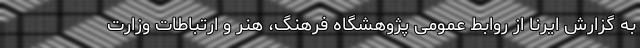
به گزارش ایرنا از روابط عمومی پژوهشگاه فرهنگ، هنر و ارتباطات وزارت